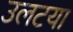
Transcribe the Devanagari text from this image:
उलटया